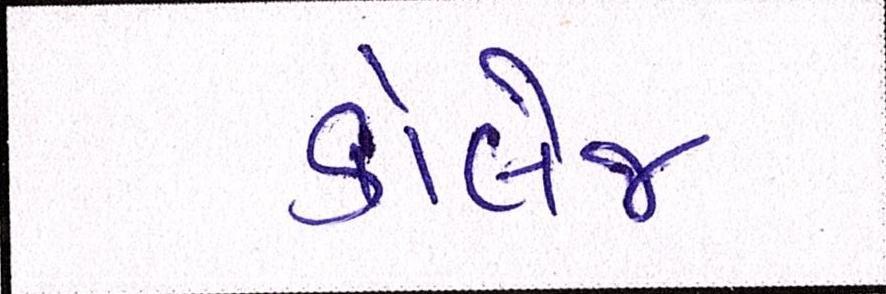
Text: કોલેજ